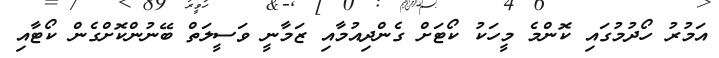
އަމުރު ހޯދުމުގައި ކޮންމެ މީހަކު ކޯޓަށް ގެންދިއުމާއި ޒަމާނީ ވަސީލަތް ބޭނުންކޮށްގެން ކޯޓާއި